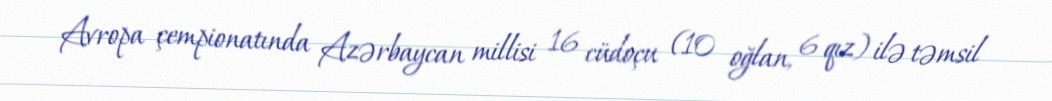
Avropa çempionatında Azərbaycan millisi 16 cüdoçu (10 oğlan, 6 qız) ilə təmsil